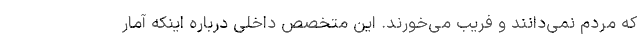
که مردم نمی‌دانند و فریب می‌خورند. این متخصص داخلی درباره اینکه آمار